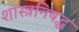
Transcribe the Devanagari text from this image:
शास्त्रनिषद्ध